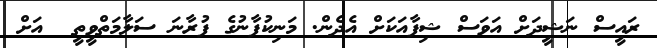
ރައީސް ނަޝީދަށް އަވަސް ޝިފާއަކަށް އެދެން. މަނިކުފާނުގެ ފުރާނަ ސަލާމަތްވީތީ  އަށް